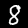
Digit: 8